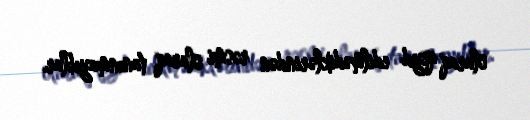
olaraq qeyd edilmədiklərindən rəsmi olaraq tanınmayıblar.